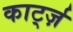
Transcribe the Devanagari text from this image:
कार्ट्ज़